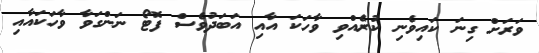
ވަރަށް ގިނަ ކައިވެނި ކުރެއްވި ވާހަކަ އާއި އަބަދުވެސް ފޮޓޯ ނަންގަވާ ވާހަކައާއި